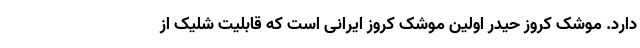
دارد. موشک کروز حیدر اولین موشک کروز ایرانی است که قابلیت شلیک از